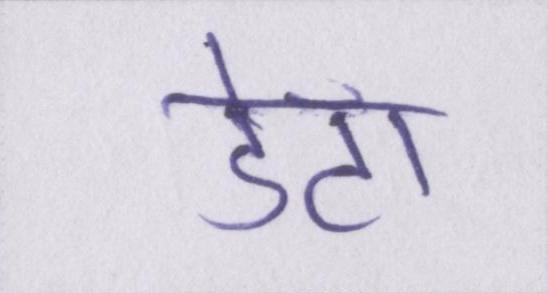
डेटा